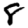
Digit: 8